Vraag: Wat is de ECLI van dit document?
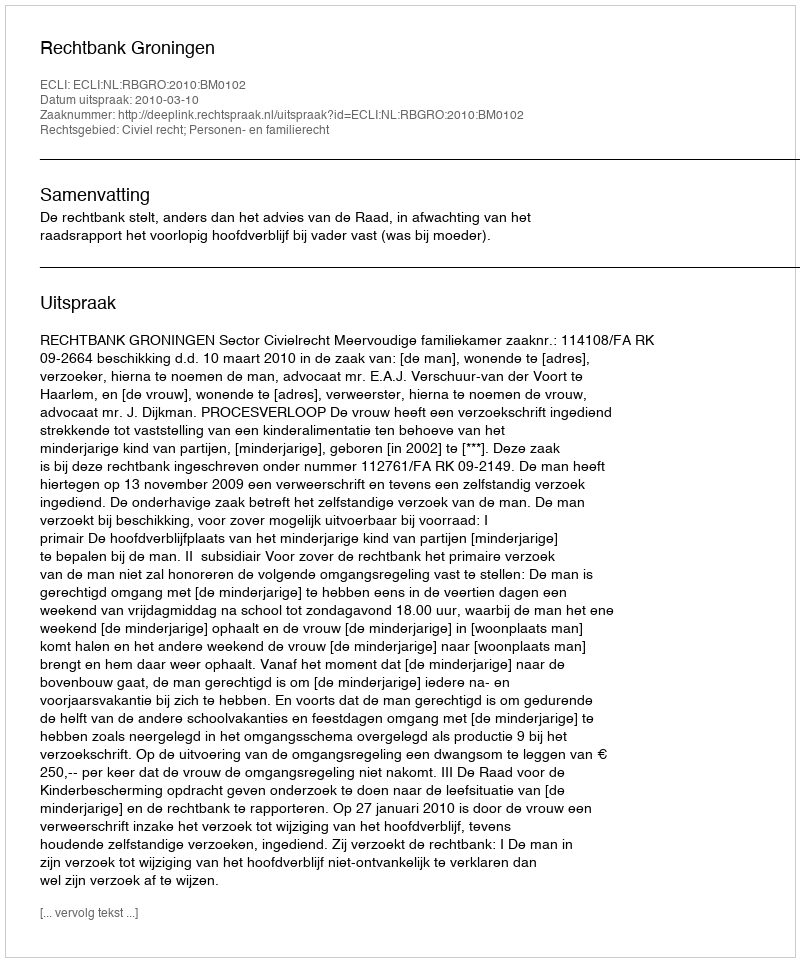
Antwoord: ECLI:NL:RBGRO:2010:BM0102